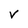
Character: v